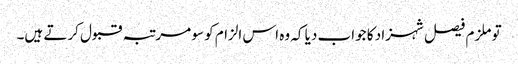
تو ملزم فیصل شہزاد کا جواب دیا کہ وہ اس الزام کو سو مرتبہ قبول کرتے ہیں۔